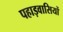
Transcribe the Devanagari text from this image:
पहाड़वासियों